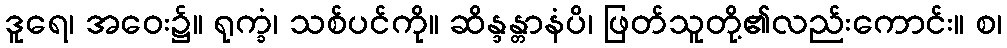
ဒူရေ၊ အဝေး၌။ ရုက္ခံ၊ သစ်ပင်ကို။ ဆိန္ဒန္တာနံပိ၊ ဖြတ်သူတို့၏လည်းကောင်း။ စ၊